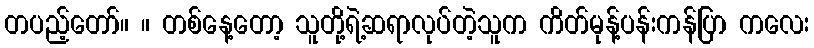
တပည့်တော်။ ။ တစ်နေ့တော့ သူတို့ရဲ့ဆရာလုပ်တဲ့သူက ကိတ်မုန့်ပန်းကန်ပြာ ကလေး